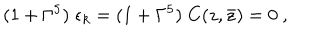
( 1 + \Gamma ^ { 5 } ) \; \epsilon _ { k } = ( 1 + \Gamma ^ { 5 } ) \; C ( z , \bar { z } ) = 0 \ ,